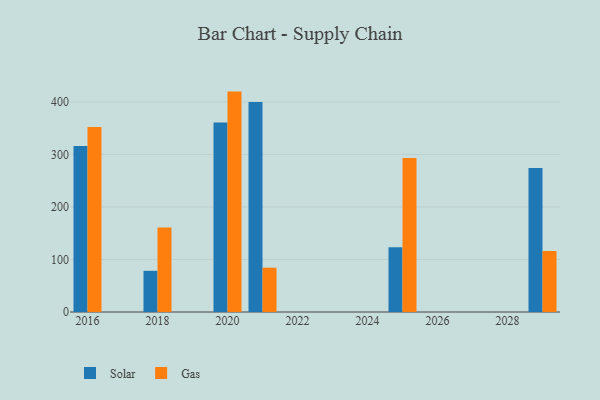
{"axis": {"x": "Year", "y": "Bounce Rate (%)"}, "legend": ["Gas", "Solar"], "data": [{"x": "2016", "y": 316.2, "type": "Solar"}, {"x": "2016", "y": 352.0, "type": "Gas"}, {"x": "2020", "y": 361.0, "type": "Solar"}, {"x": "2020", "y": 419.6, "type": "Gas"}, {"x": "2029", "y": 274.0, "type": "Solar"}, {"x": "2029", "y": 116.1, "type": "Gas"}, {"x": "2021", "y": 400.0, "type": "Solar"}, {"x": "2021", "y": 84.3, "type": "Gas"}, {"x": "2018", "y": 78.4, "type": "Solar"}, {"x": "2018", "y": 160.9, "type": "Gas"}, {"x": "2025", "y": 123.3, "type": "Solar"}, {"x": "2025", "y": 293.0, "type": "Gas"}]}